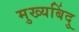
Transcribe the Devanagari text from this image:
मुख्यबिंदु